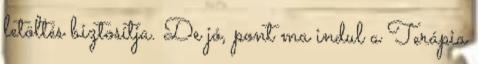
letöltés biztosítja. De jó, pont ma indul a Terápia